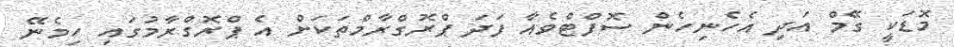
މޮޑަކީ ގޭމް އަދި އެހެނިހެން ސޮފްޓްވެއާ ފަދަ ޕްރޮގްރާމްތަކަށް އެ ޕްރޮގްރާމުގައި ހިމެނޭ